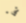
شيء